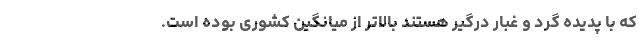
که با پدیده گرد و غبار درگیر هستند بالاتر از میانگین کشوری بوده است.